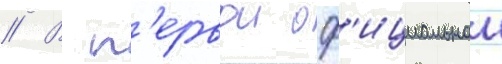
// В п'ервои оф'ициальнои